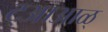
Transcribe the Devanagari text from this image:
ट्आआळ्